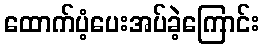
ထောက်ပံ့ပေးအပ်ခဲ့ကြောင်း